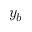
y _ { b }